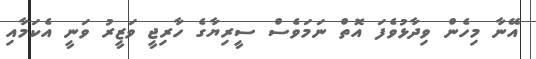
އޭނާ މިހެން ވިދާޅުވެފަ އޮތް ނަމަވެސް ސީރިޔާގެ ހާރިޖީ ވަޒީރު ވަނީ އެކަމާއި